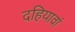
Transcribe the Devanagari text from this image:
दहियावां